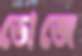
ডোজে